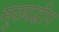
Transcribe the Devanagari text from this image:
मुख्यद्वीप